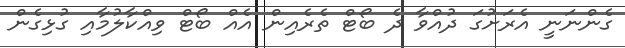
ގެންނަނީ އެރަށުގަ ދުއްވާ ދެ ބޯޓް ތެރެއިން އެއް ބޯޓް ވިއްކާލުމާއި ގުޅިގެން